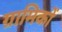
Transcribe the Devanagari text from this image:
ग्रामिकों